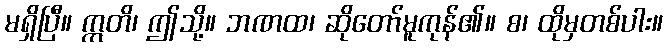
မရှိပြီ။ ဣတိ၊ ဤသို့။ ဘဏထ၊ ဆိုတော်မူကုန်၏။ စ၊ ထိုမှတစ်ပါး။